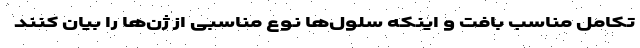
تکامل مناسب بافت و اینکه سلول‌ها نوع مناسبی از ژن‌ها را بیان کنند